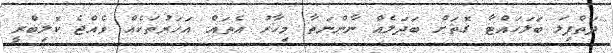
ދަތްޕިލަ ބަލަހައްޓާ ގޮތަށް ބަދަލެއް ނާންނަތާ މިހާރު އެތައް އަހަރުތަކެއް ވެއްޖެ ކޮލިބްރީ